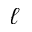
\ell